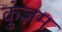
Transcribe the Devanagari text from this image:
कुंज़म